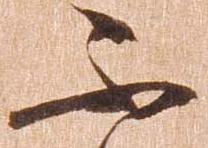
不